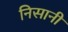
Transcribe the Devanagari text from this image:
निसानी